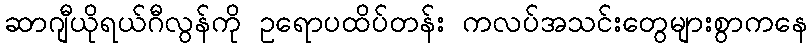
ဆာဂျီယိုရယ်ဂီလွန်ကို ဥရောပထိပ်တန်း ကလပ်အသင်းတွေများစွာကနေ